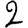
Digit: 2